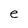
Character: e